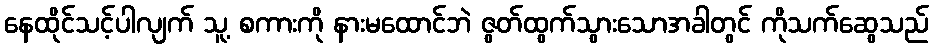
နေထိုင်သင့်ပါလျက် သူ့ စကားကို နားမထောင်ဘဲ ဇွတ်ထွက်သွားသောအခါတွင် ကိုသက်ဆွေသည်